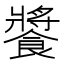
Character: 𩝫